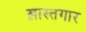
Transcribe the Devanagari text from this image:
ख़ास्तगार